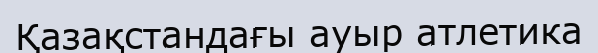
Қазақстандағы ауыр атлетика